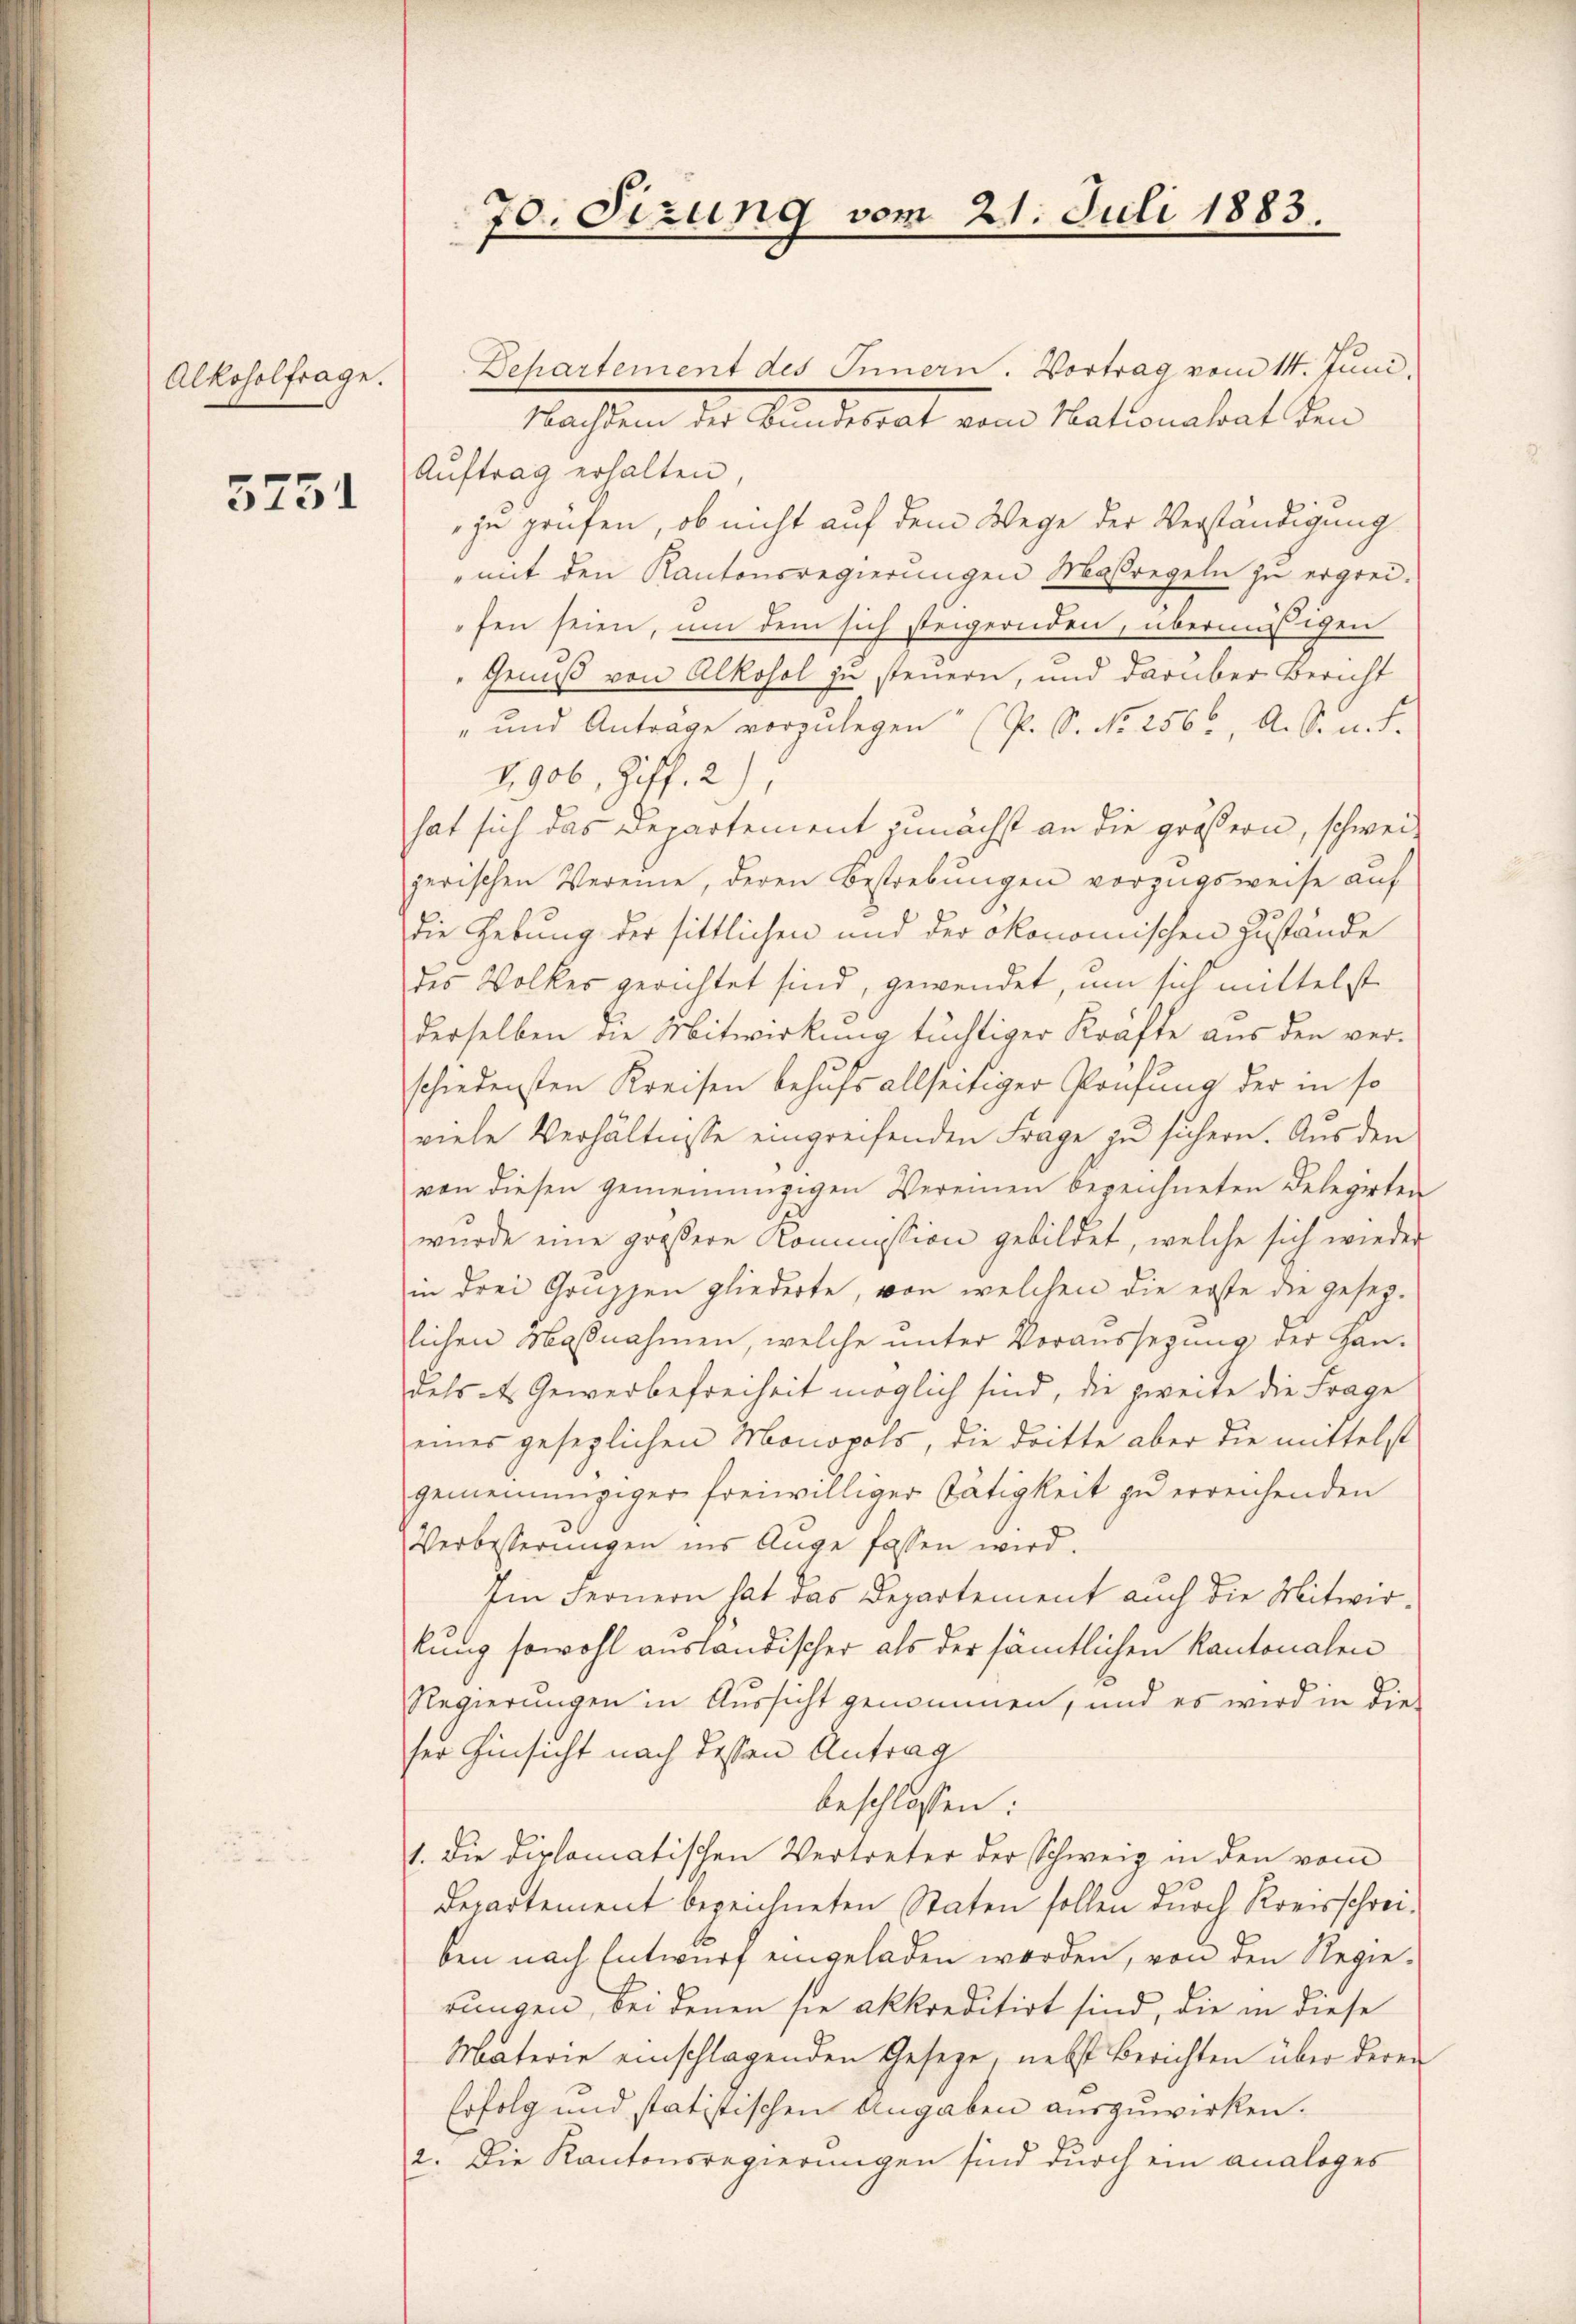
Alkoholfrage.

5751

Departement des Innern. Vortrag vom 14. Juni,
Nachten des Bundesrat von Nationalrat den
Aŭftrag erhalten,
zu prüfen, ob nicht auf dem Wege der Verständigung
mit den Kantonsregierungen Maßregeln zu ergreifen seien, um dem sich steigernden, übermäßigen
Genuß von Alkohol zu steuern, und darüber Bericht
" und Antrage vorzulegen (P. S. No 2566, A. S. n. F.
V. 906, Ziff. 2)
hat sich das Departement zunächst an die größern, schweizerischen Vereine, deren Bestrebungen vorzugsweise auf
die Hebung der sittlichen und der ökonomischen Zustände
des Volkes gerichtet sind, gewendet, um sich mittelst
derselben die Mitwirkung tüchtiger Kräfte aus den verschiedensten Kreisen behufs allseitiger Prüfung der in so
viele Verhältnisse eingreifenden Frage zu sichern. Aus den
von diesen gemeinnüzigen Vereinen bezeichneten Belegirten
wurde eine größere Kommission gebildet, welche sich wieder
in drei Gruppen gliederte, von welchen die erste die gesezlichen Massnahmen, welche unter Voraussezung der Han-
dels d. Gewerbefreiheit möglich sind, die zweite die Frage
eines gesezlichen Monopols, die dritte aber die mittelst
gemeinnügiger freiwilliger Tätigkeit zu erreichenden
Verbesserungen ins Auge fassen wird.
Im Fernern hat das Departement auch die Mitwirkung sowohl ausländischer als der sämmtlichen Kantonalen
Regierungen in Aussicht genommen, und es wird in die
ser Hinsicht nach dessen Antrag
beschlossen:
1. Die diplomatischen Vertreter der Schweiz in den vom
Departement bezeichneten Staten sollen durch Kreisschreiben nach Entwurf eingeladen werden, von den Regierungen, bei denen sie akkreditirt sind, die in diese
Materie einschlagenden Geseze, nebst Berichten über derer
Erfolg und statistischen Angaben auszuwirken.
2. Die Kantonsregierungen sind durch ein analoges

70. Sizung vom 21. Juli 1883.